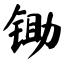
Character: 锄